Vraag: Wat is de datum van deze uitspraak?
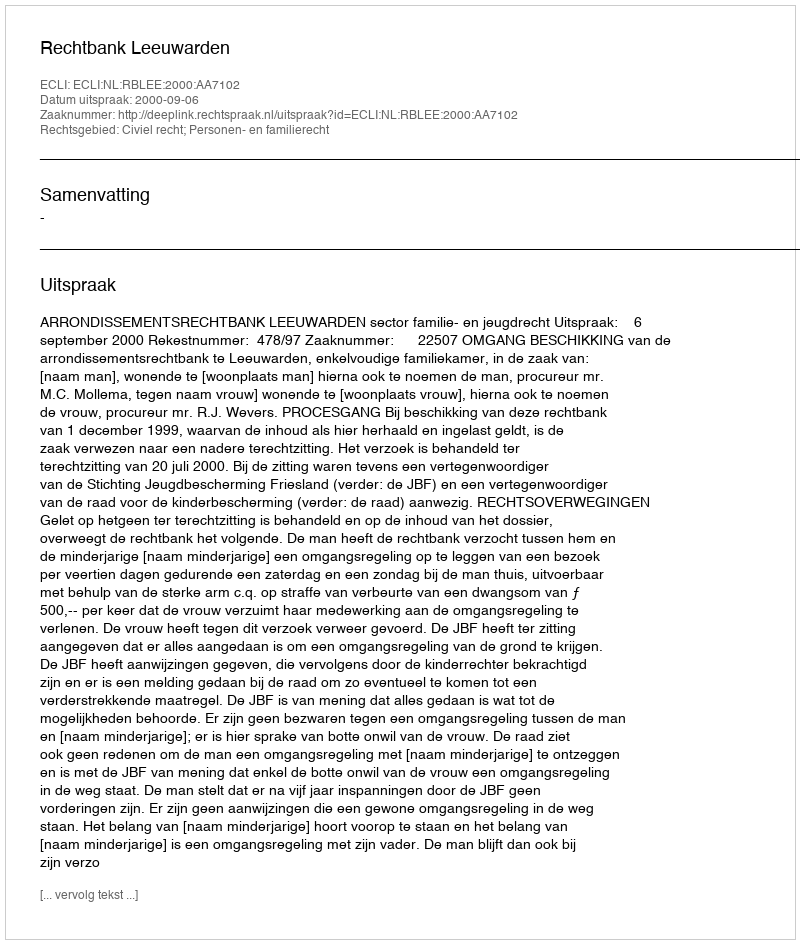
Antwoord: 2000-09-06